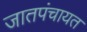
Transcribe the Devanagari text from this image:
जातपंचायत